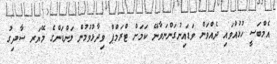
އެމްބަސީ ހުޅުއްވައި ދެއްވަން ވަޑައިނުގަންނަވާނޭ ކަމަށް ޓްރަމްޕް ވިދާޅުވުމުން ލަންޑަންގެ މޭޔަރ ސާދިގު